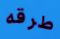
طرقه